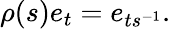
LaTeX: \rho(s)e_{t}=e_{ts^{-1}}.